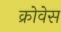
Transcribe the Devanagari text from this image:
क्रोवेस